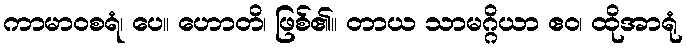
ကာမာဝစရံ၊ ပေ။ ဟောတိ၊ ဖြစ်၏။ တာယ သာမဂ္ဂိယာ ဧဝ၊ ထိုအာရုံ